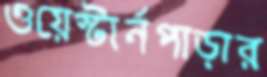
ওয়েস্টার্নপাড়ার